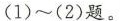
(1)~(2)题。